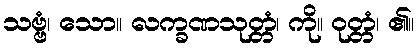
သဗ္ဗံ၊ သော။ လက္ခဏသုတ္တံ၊ ကို။ ဝုတ္တံ၊ ၏။